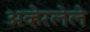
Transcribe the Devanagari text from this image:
अव्हेरलेले